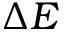
\Delta E